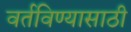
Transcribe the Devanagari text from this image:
वर्तविण्यासाठी